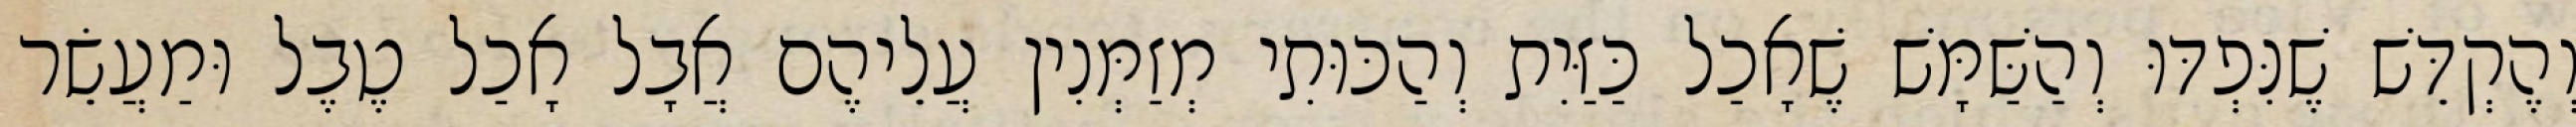
וְהֶקְדֵּשׁ שֶׁנִּפְדּוּ וְהַשַּׁמָּשׁ שֶׁאָכַל כַּזַּיִת וְהַכּוּתִי מְזַמְּנִין עֲלֵיהֶם אֲבָל אָכַל טֶבֶל וּמַעֲשֵׂר